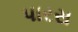
પારસ